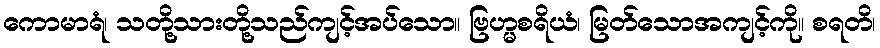
ကောမာရံ၊ သတို့သားတို့သည်ကျင့်အပ်သော။ ဗြဟ္မစရိယံ၊ မြတ်သောအကျင့်ကို။ စရတိ၊